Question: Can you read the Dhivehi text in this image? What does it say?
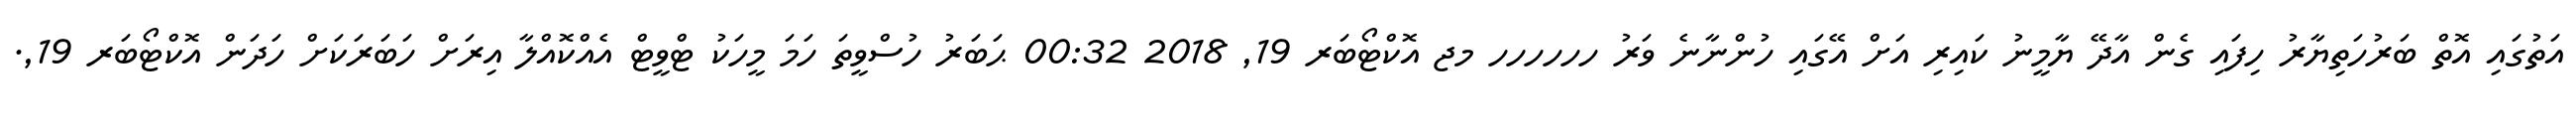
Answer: އަތުގައި އޮތް ބަރުހަތިޔާރު ހިފައި ގެން އާދޭ ޔާމީނު ކައިރި އަށް އޭގައި ހުންނާނެ ވަރު ހހހހހހ މޖ އޮކްޓޯބަރ 19, 2018 00:32 ޙަބަރު ހުސްވީތަ ހަމަ މީހަކު ޓްވީޓް އެއްކޮއްލާ އިރަށް ހަބަރަކަށް ހަދަން އޮކްޓޯބަރ 19,.